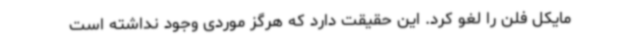
مایکل فلن را لغو کرد. این حقیقت دارد که هرگز موردی وجود نداشته است